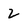
Character: 2